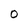
Character: o